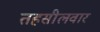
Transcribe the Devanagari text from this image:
तहसीलवार